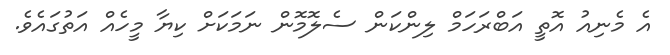
އެ މެނިއު އޮތީ އަބްރަހަމް ލިންކަން ސެލޮމޮން ނަމަކަށް ކިޔާ މީހެއް އަތުގައެވެ.